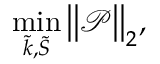
\operatorname* { m i n } _ { \widetilde { k } , \widetilde { S } } \big | \big | \mathcal { P } \big | \big | _ { 2 } ,